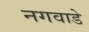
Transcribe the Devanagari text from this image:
नगवाडे